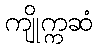
ကျိုက္ကဆံ